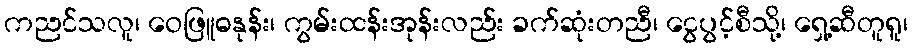
ကညင်သလူ၊ ဝေဖြူဓနုန်း၊ ကွမ်းထန်းအုန်းလည်း ခက်ဆုံးတညီ၊ ငွေပွင့်စီသို့၊ ရှေ့ဆီတူရူ၊